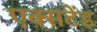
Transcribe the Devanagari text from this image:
एक्सटेंड